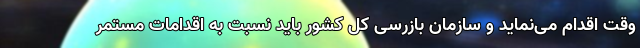
وقت اقدام می‌نماید و سازمان بازرسی کل کشور باید نسبت به اقدامات مستمر